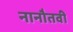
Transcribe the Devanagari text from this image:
नानौतवी